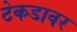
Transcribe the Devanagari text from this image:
टेकडावर